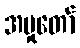
အမှုတော်